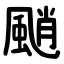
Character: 颵